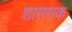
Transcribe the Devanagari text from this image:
शाससक